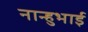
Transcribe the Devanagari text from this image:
नान्हुभाई